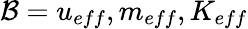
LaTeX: \mathcal{B}=u_{eff},m_{eff},K_{eff}